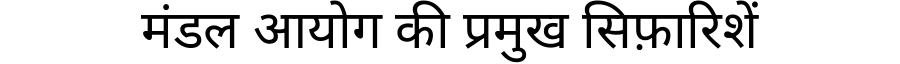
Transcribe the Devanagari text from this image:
मंडल आयोग की प्रमुख सिफ़ारिशें